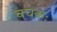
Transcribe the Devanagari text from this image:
चचकः